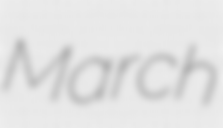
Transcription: March